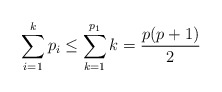
\begin{align*}\sum_{i = 1}^{k} p_i \leq \sum_{k = 1}^{p_1} k = \frac{p(p+1)}{2} \end{align*}